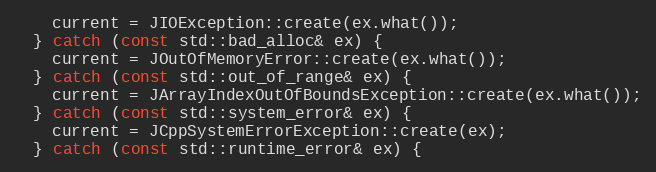
Language: C++
    current = JIOException::create(ex.what());
  } catch (const std::bad_alloc& ex) {
    current = JOutOfMemoryError::create(ex.what());
  } catch (const std::out_of_range& ex) {
    current = JArrayIndexOutOfBoundsException::create(ex.what());
  } catch (const std::system_error& ex) {
    current = JCppSystemErrorException::create(ex);
  } catch (const std::runtime_error& ex) {